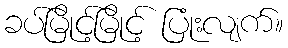
ခပ်မြိုင့်မြိုင့် ပြုံးလျက်။